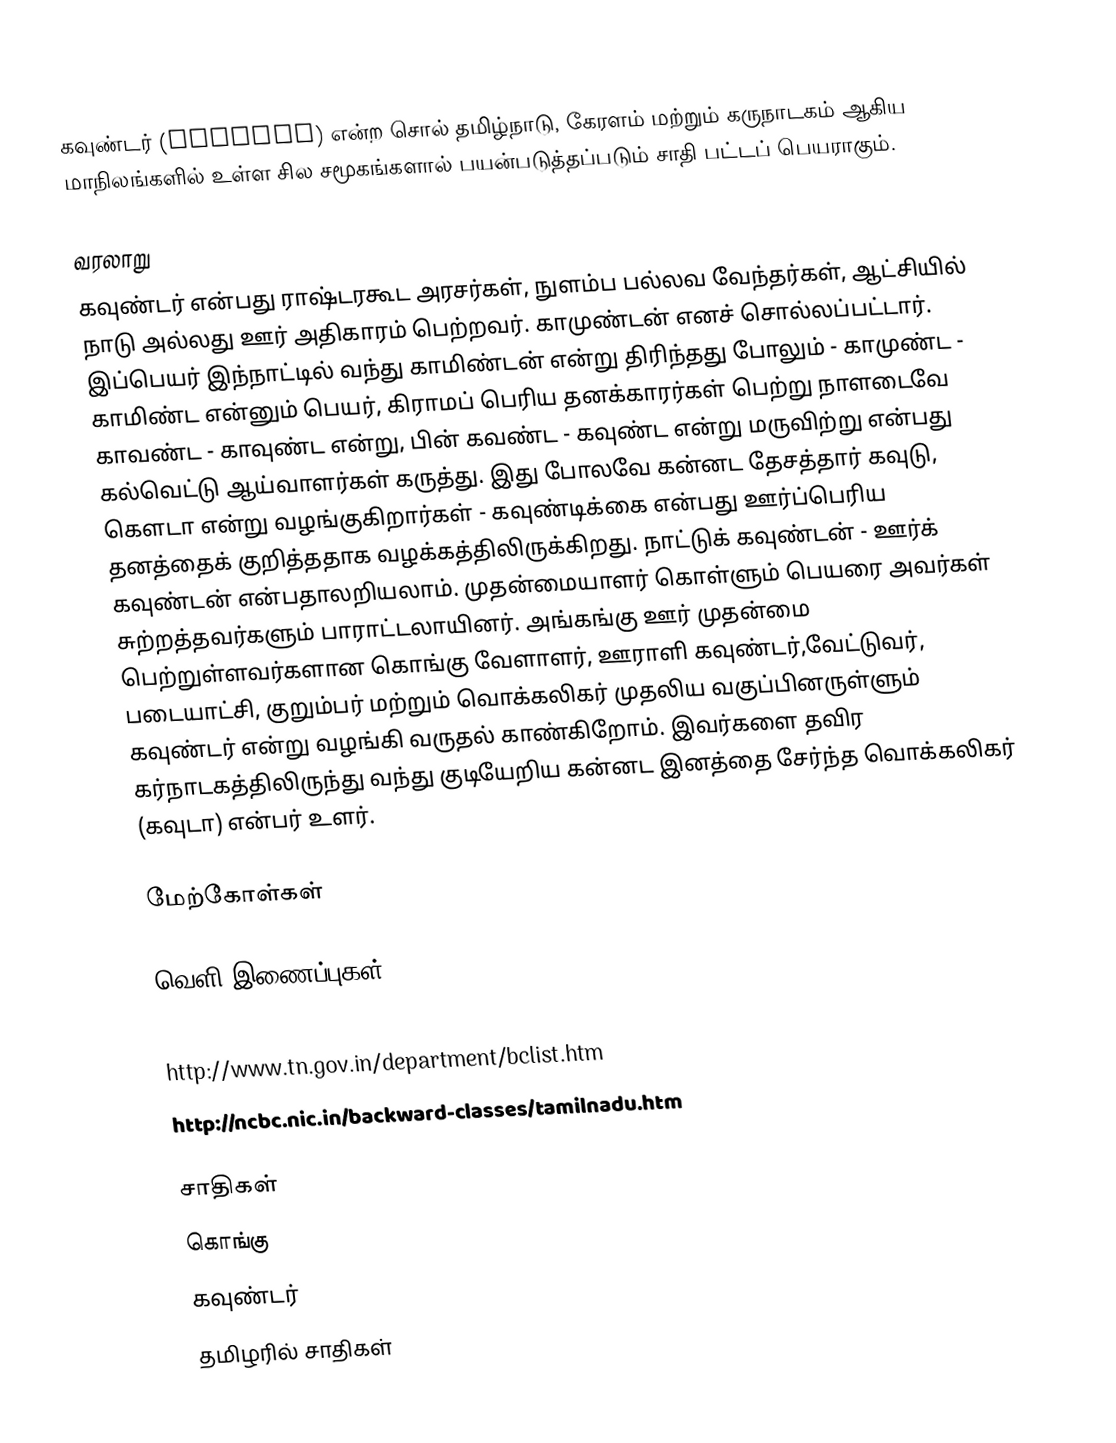
கவுண்டர் (Gounder)  என்ற சொல் தமிழ்நாடு, கேரளம் மற்றும் கருநாடகம் ஆகிய மாநிலங்களில் உள்ள சில சமூகங்களால் பயன்படுத்தப்படும் சாதி பட்டப் பெயராகும்.

வரலாறு
கவுண்டர் என்பது  ராஷ்டரகூட அரசர்கள், நுளம்ப பல்லவ வேந்தர்கள், ஆட்சியில் நாடு அல்லது ஊர் அதிகாரம் பெற்றவர். காமுண்டன் எனச் சொல்லப்பட்டார். இப்பெயர் இந்நாட்டில் வந்து காமிண்டன் என்று திரிந்தது போலும் - காமுண்ட - காமிண்ட என்னும் பெயர், கிராமப் பெரிய தனக்காரர்கள் பெற்று நாளடைவே காவண்ட - காவுண்ட என்று, பின் கவண்ட - கவுண்ட என்று மருவிற்று என்பது கல்வெட்டு ஆய்வாளர்கள் கருத்து. இது போலவே கன்னட தேசத்தார் கவுடு, கௌடா என்று வழங்குகிறார்கள் - கவுண்டிக்கை என்பது ஊர்ப்பெரிய தனத்தைக் குறித்ததாக வழக்கத்திலிருக்கிறது. நாட்டுக் கவுண்டன் - ஊர்க் கவுண்டன் என்பதாலறியலாம். முதன்மையாளர் கொள்ளும் பெயரை அவர்கள் சுற்றத்தவர்களும் பாராட்டலாயினர்.  அங்கங்கு ஊர் முதன்மை பெற்றுள்ளவர்களான கொங்கு வேளாளர், ஊராளி கவுண்டர்,வேட்டுவர், படையாட்சி, குறும்பர் மற்றும் வொக்கலிகர்  முதலிய வகுப்பினருள்ளும் கவுண்டர் என்று வழங்கி வருதல் காண்கிறோம். இவர்களை தவிர கர்நாடகத்திலிருந்து வந்து குடியேறிய கன்னட இனத்தை சேர்ந்த வொக்கலிகர் (கவுடா) என்பர் உளர்.

மேற்கோள்கள்

வெளி இணைப்புகள்
http://www.tnpsc.gov.in/communities-list.html#dc
http://www.tn.gov.in/department/bclist.htm
http://ncbc.nic.in/backward-classes/tamilnadu.htm

சாதிகள்
கொங்கு
கவுண்டர்
தமிழரில் சாதிகள்